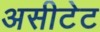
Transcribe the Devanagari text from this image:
असीटेट